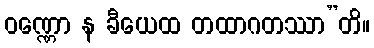
ဝဏ္ဏော န ခီယေထ တထာဂတဿာ”တိ။